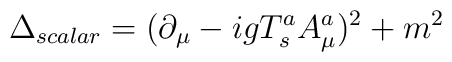
\Delta_{scalar}=(\partial_{\mu}-igT^{a}_{s}A^{a}_{\mu})^{2}+m^{2}